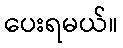
ပေးရမယ်။